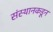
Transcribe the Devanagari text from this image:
संस्थानकडून